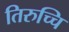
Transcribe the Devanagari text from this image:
तिरुच्चि